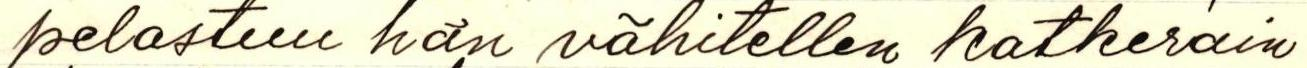
pelastuu hän vähitellen katkerain